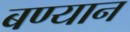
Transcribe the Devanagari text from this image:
बण्यान